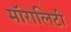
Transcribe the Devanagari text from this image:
मॉरालिटी